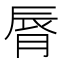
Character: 脣